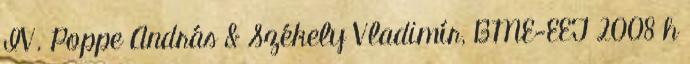
IV. Poppe András & Székely Vladimír, BME-EET 2008 h